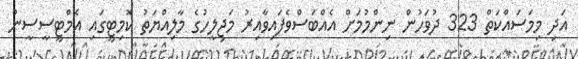
އަދި މިމަސައްކަތް 323 ދުވަހުން ނިންމުމަށް އެއްބަސްވެފައިވާއިރު މަޖިލީހުގެ މާލިއްޔަތު ކޮމިޓީގައި އެމްޓީސީސީން